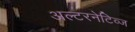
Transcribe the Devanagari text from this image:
अल्टरनेटिव्ज